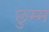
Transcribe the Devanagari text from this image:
छुम्म